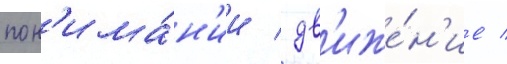
пон'има́н'ии / дв'иже́н'ие /